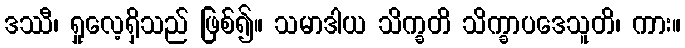
ဒဿီ၊ ရှုလေ့ရှိသည် ဖြစ်၍။ သမာဒါယ သိက္ခတိ သိက္ခာပဒေသူတိ၊ ကား။